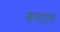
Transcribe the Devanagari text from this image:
अन्टाल